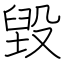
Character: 毀